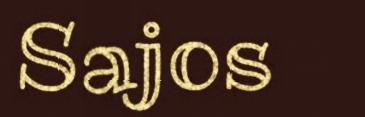
Sajos